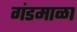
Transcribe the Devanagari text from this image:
गंडमाळा